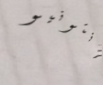
أنتونيو